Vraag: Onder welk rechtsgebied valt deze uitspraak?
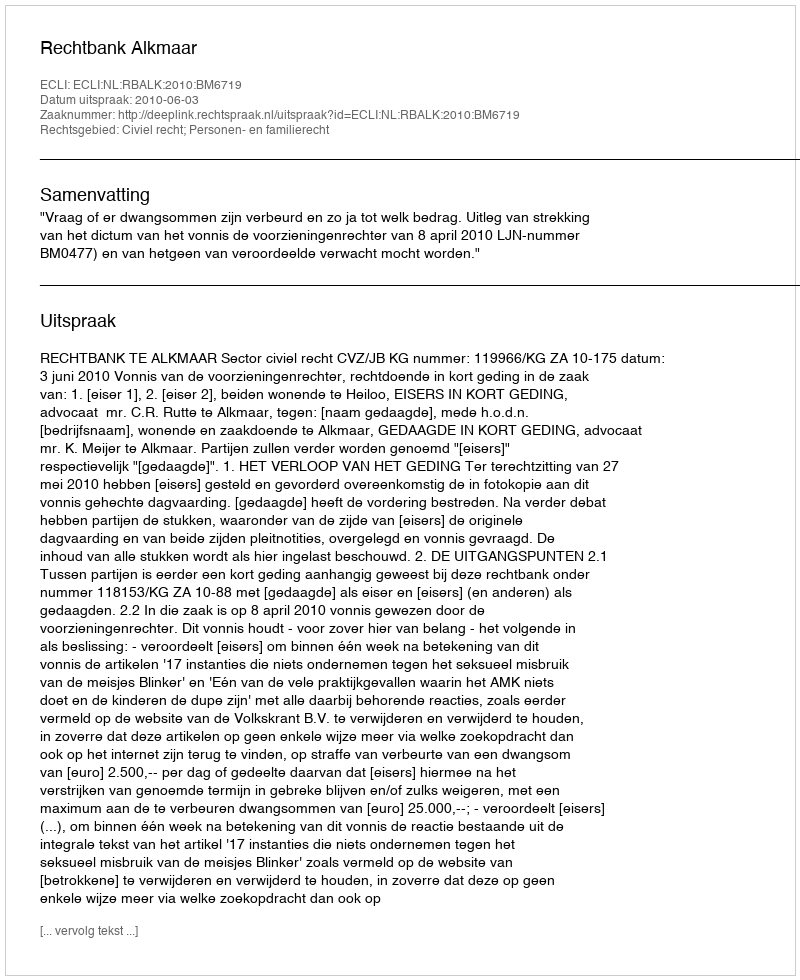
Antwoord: Civiel recht; Personen- en familierecht